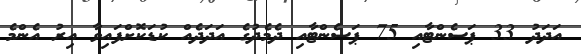
އަދަދު 33 ޕަސެންޓާއި 75 ޕަސެންޓާއި ދެމެދުގެ އަދަދެއް ކުޑަކޮށްފައިވާ އިރު އެންމެ